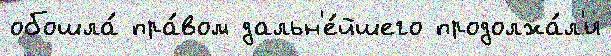
обошла́ пра́вом дальн'е́йшего продолжа́л'и